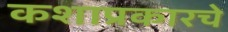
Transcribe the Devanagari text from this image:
कशाप्रकारचे